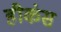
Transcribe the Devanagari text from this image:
हीकंस